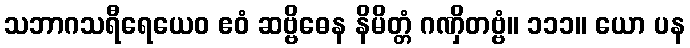
သဘာဂသရီရေယေဝ ဧဝံ ဆဗ္ဗိဓေန နိမိတ္တံ ဂဏှိတဗ္ဗံ။ ၁၁၁။ ယော ပန